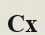
Сх